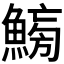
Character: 𱆸